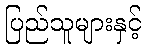
ပြည်သူများနှင့်